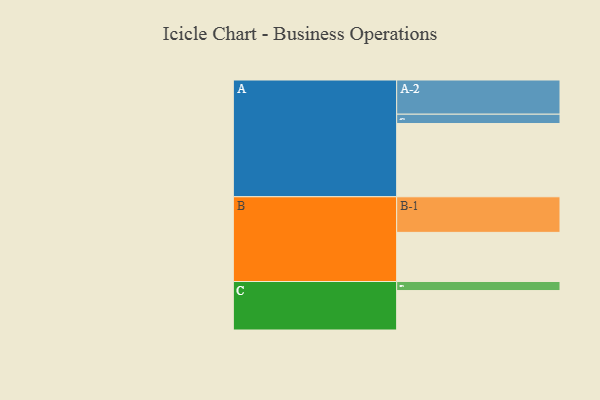
{"axis": {"x": "Segment", "y": "Value"}, "legend": ["", "A", "B", "C"], "data": [{"x": "A", "y": 574, "type": ""}, {"x": "B", "y": 385, "type": ""}, {"x": "C", "y": 309, "type": ""}, {"x": "A-1", "y": 73, "type": "A"}, {"x": "A-2", "y": 268, "type": "A"}, {"x": "B-1", "y": 279, "type": "B"}, {"x": "C-1", "y": 71, "type": "C"}]}